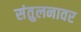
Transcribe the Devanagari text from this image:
संतुलनावर